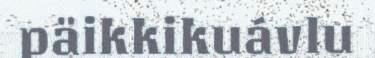
päikkikuávlu